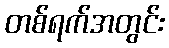
တစ်ရက်အတွင်း